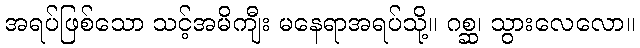
အရပ်ဖြစ်သော သင့်အမိကျီး မနေရာအရပ်သို့။ ဂစ္ဆ၊ သွားလေလော။